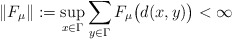
\begin{align*} \lVert F_\mu \rVert := \sup_{x\in \Gamma} \sum_{y\in \Gamma} F_{\mu}\bigl(d(x,y)\bigr)<\infty \end{align*}